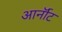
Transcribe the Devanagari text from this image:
आर्नॉट